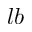
l b